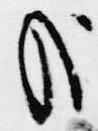
哉